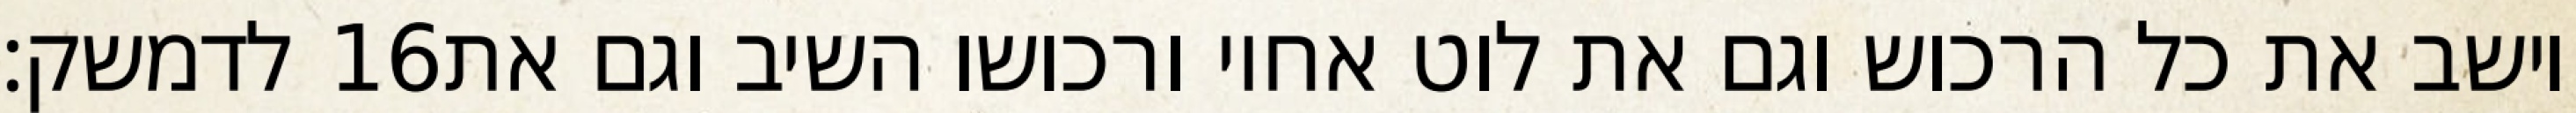
לדמשק׃ ‎16‏ וישב את כל הרכוש וגם את לוט אחיו ורכושו השיב וגם את